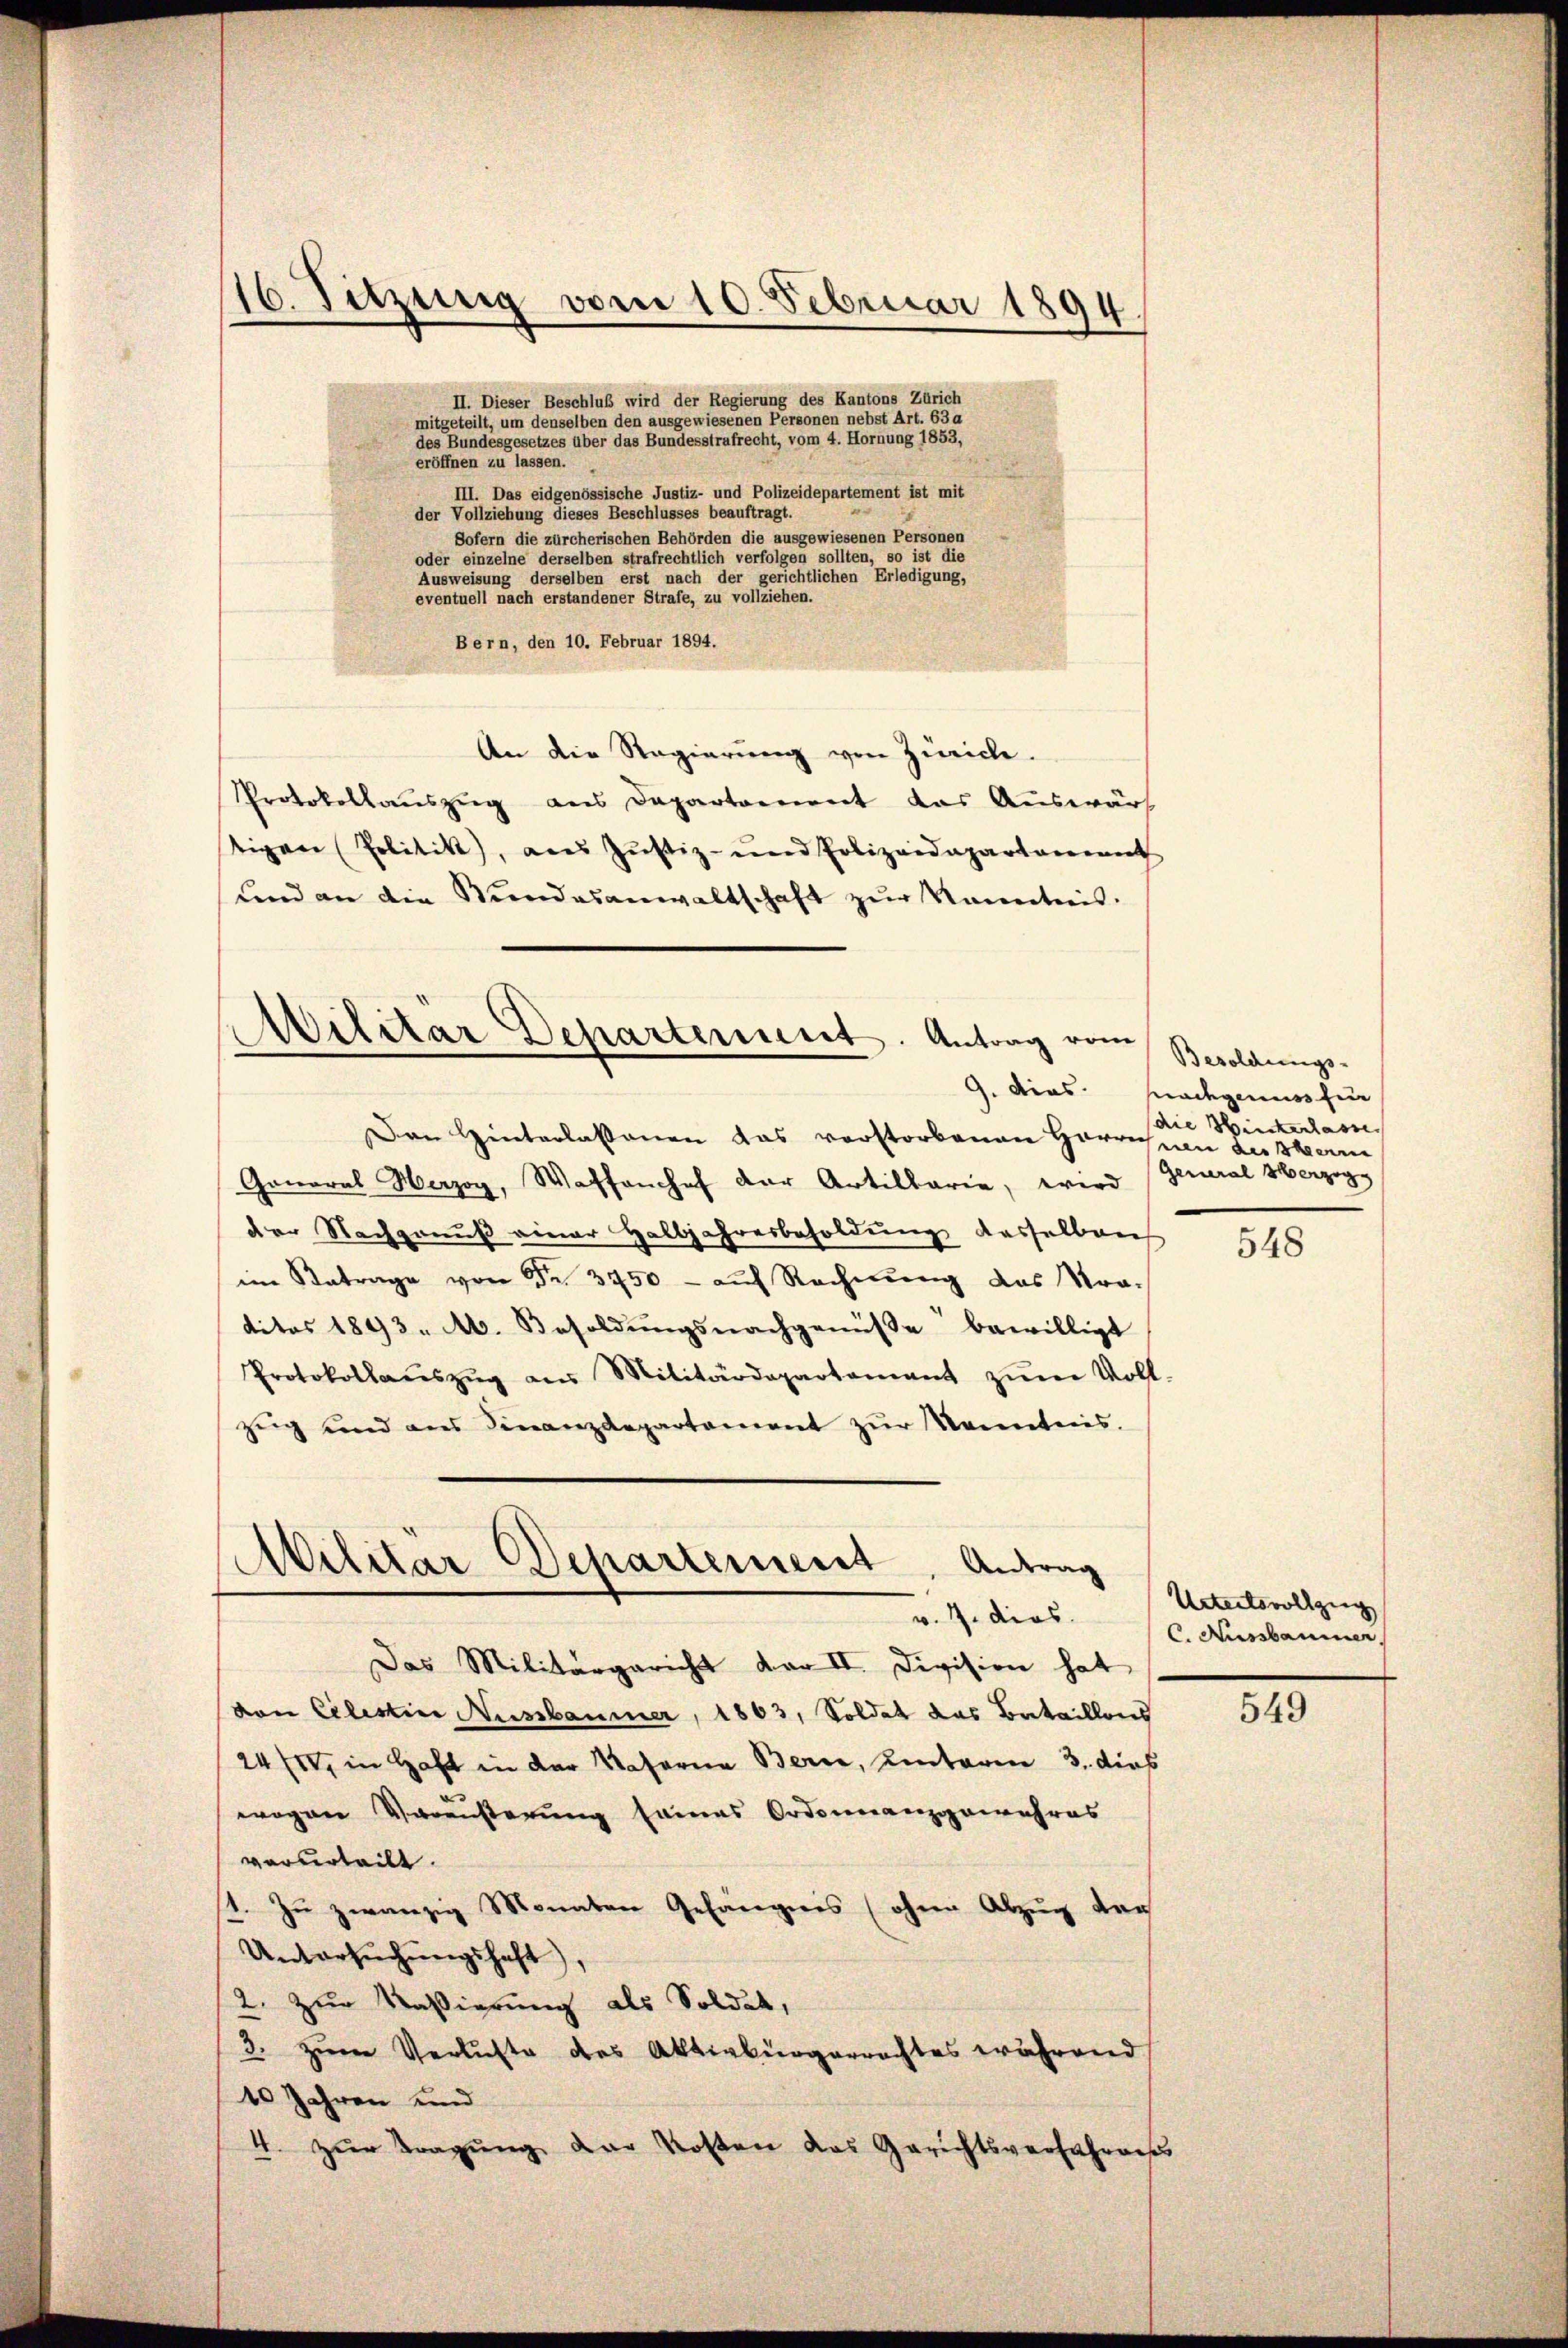
16. Sitzung vom 10. Februar 1894.

II. Dieser Beschluß wird der Regierung des Kantons Zürich
mitgeteilt, um denselben den ausgewiesenen Personen nebst Art. 63 a
des Bundesgesetzes über das Bundesstrafrecht, vom 4. Hornung 1853,
eröffnen zu lassen.
III. Das eidgenössische Justiz- und Polizeidepartement ist mit
der Vollziehung dieses Beschlusses beauftragt.
Sofern die zürcherischen Behörden die ausgewiesenen Personen
oder einzelne derselben strafrechtlich verfolgen sollten, so ist die
Ausweisung derselben erst nach der gerichtlichen Erledigung,
eventuell nach erstandener Strafe, zu vollziehen.
Bern, den 10. Februar 1894.
An die Regierung von Zürich.
Protokollauszug aus Departement das Auswärt
tigen Politik, aus Jŭstiz- und Polizeidepartament
ŭnd an die Stŭndesanwaltschaft zŭr Kenntnis.

Militär Departement. Antrag vom

Den Hinterlassenen das verstorbenen Herrechnen der Sterne
General Herzog, Waffenhof der Artillarie, wird
der Nachgenuß einer Halbjahresbesoldung desselben
im Betrage von Fr. 3750 - auf Rechnung das Kratitos 1893. A. Besoldŭngsnachgenüsse bewilligt
Protokollaŭszŭg aŭs Militärdepartamant zŭm Voll-
zug und ans Finanzdepartement zŭr Kenntnis.

Atilitär Departement. Antrag

Das Militärgericht dar II. Division hat
von Celestice Ausbaumer, 1803, Soldat das Bataillons
24/10, in Haft in der Kaserna Berne, hinteren 3. dies
wogen Varensterung seines Ordonnanzgewahres
verurteilt.
1. Zu zwanzig Monaten Gefängnis (ohne Abzug der
Untersŭchŭngshaft,
2. Zur Kasierung als Soldat,
3. zum Verluste des Aktivbürgerrechtes während
10 Jahren und
4. zur Tragŭng der Kosten das Gerichtsverfahrens

Besoldungs-
G. dies. Gnadegenuss für
die Hinckerlasse
General Herzog

548

Untertsvollzug
v. 7. dies C. Nussbaumer,

549